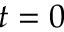
t = 0